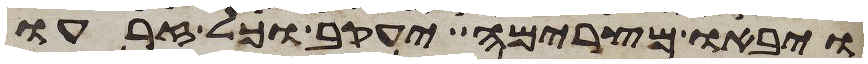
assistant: ויבאו מצרימה יעקב וכל זרעו